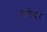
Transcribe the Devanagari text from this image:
रामेश्वर